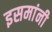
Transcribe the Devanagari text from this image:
इसमांनी